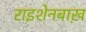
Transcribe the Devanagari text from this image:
राइशेनबाख़